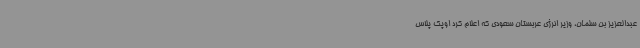
عبدالعزیز بن سلمان، وزیر انرژی عربستان سعودی که اعلام کرد اوپک پلاس